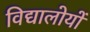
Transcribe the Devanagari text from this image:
विद्यालोयों